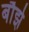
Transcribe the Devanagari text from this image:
बौझे